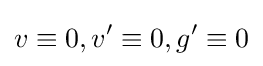
v\equiv 0,v'\equiv 0,g'\equiv 0